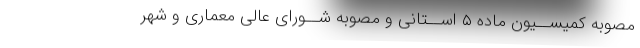
مصوبه کمیســیون ماده ۵ اســتانی و مصوبه شــورای عالی معماری و شهر